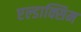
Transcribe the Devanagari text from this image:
एल्डाक्सिम